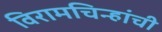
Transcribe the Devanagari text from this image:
विरामचिन्हांची